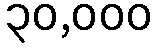
၃၀,၀၀၀